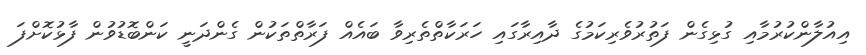
އިއުލާންކުރުމާއި ގުޅިގެން ފަތުރުވެރިކަމުގެ ދާއިރާގައި ހަރަކާތްތެރިވާ ބައެއް ފަރާތްތަކުން ގެންދަނީ ކަންބޮޑުވުން ފާޅުކޮށްފަ